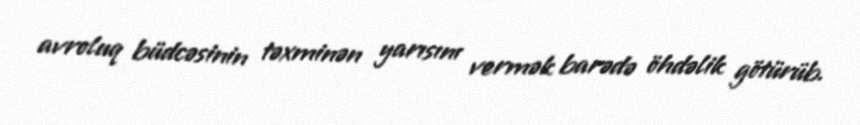
avroluq büdcəsinin təxminən yarısını vermək barədə öhdəlik götürüb.